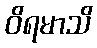
ဝိရမာသိ